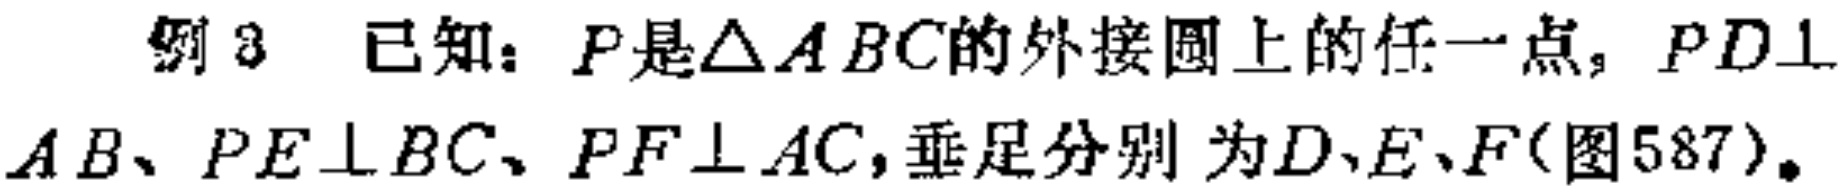
例 3 已知：$P$是$\triangle ABC$的外接圆上的任一点，$PD\perp AB$、$PE\perp BC$、$PF\perp AC$，垂足分别为$D、E、F$(图587)。